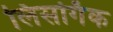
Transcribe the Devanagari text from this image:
लिसर्गिक